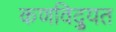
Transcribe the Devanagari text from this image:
कणविद्युत